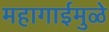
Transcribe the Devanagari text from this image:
महागाईमुळे